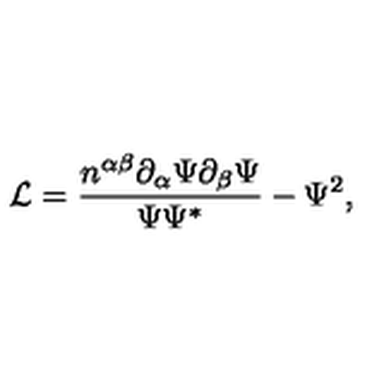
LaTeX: \mathcal { L } = \frac { n ^ { \alpha \beta } \partial _ { \alpha } \Psi \partial _ { \beta } \Psi } { \Psi \Psi ^ { * } } - \Psi ^ { 2 } ,